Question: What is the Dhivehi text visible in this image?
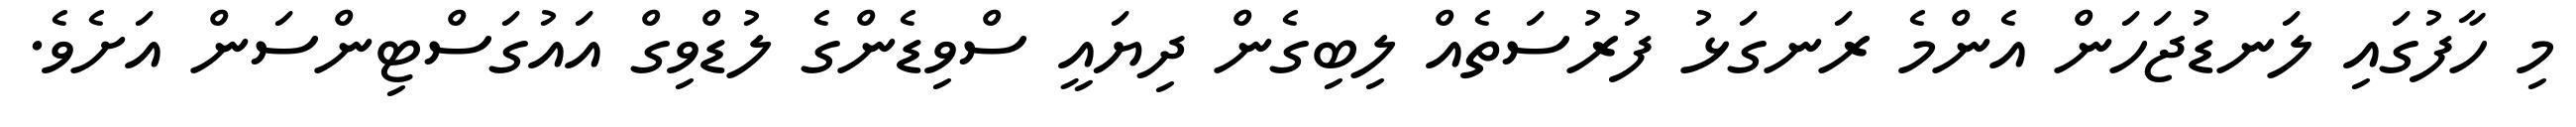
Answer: މި ހާފުގައި ލަނޑުޖަހަން އެންމެ ރަނގަޅު ފުރުސަތެއް ލިބިގެން ދިޔައީ ސްވިޑެންގެ ލުޑްވިގް އައުގަސްޓިންސަން އަށެވެ.